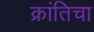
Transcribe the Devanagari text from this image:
क्रांतिचा